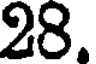
28.